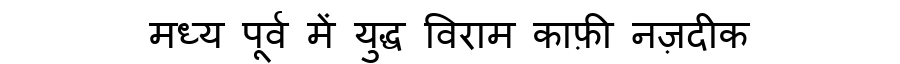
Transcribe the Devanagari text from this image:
मध्य पूर्व में युद्ध विराम काफ़ी नज़दीक